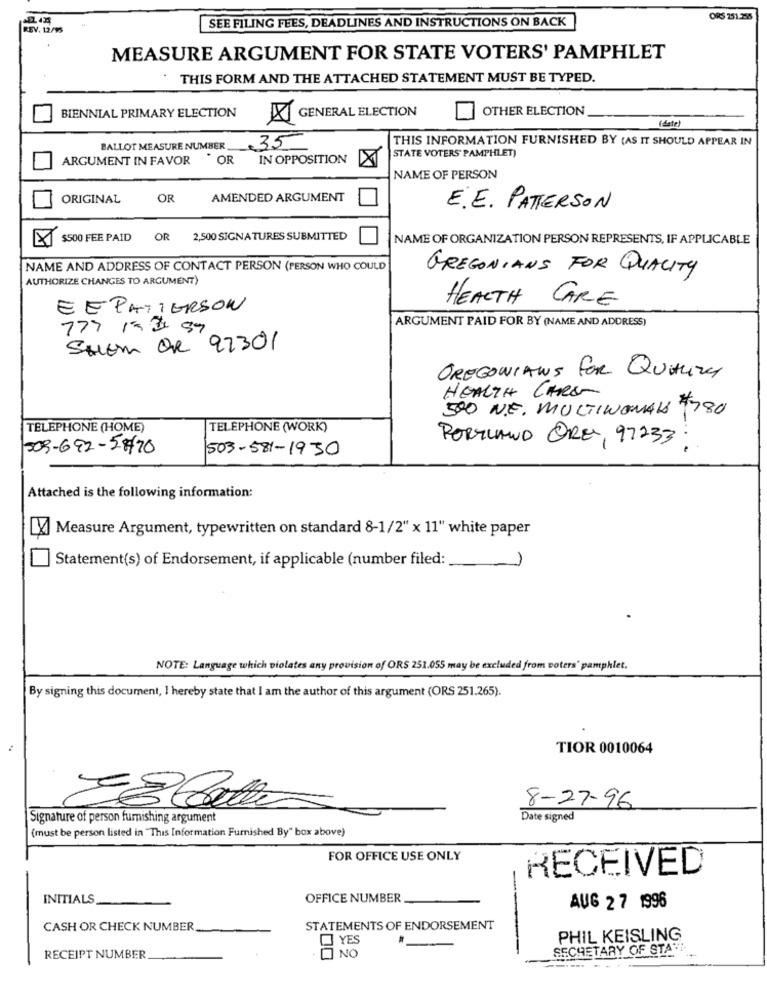
ORS 251.255
REV. 12/15
SEE FILING FEES, DEADLINES AND INSTRUCTIONS ON BACK
MEASURE ARGUMENT FOR STATE VOTERS' PAMPHLET
THIS FORM AND THE ATTACHED STATEMENT MUST BE TYPED.
BIENNIAL PRIMARY ELECTION
OTHER ELECTION
XGENERAL ELECTION
( date )
THIS INFORMATION FURNISHED BY (AS IT SHOULD APPEAR IN
BALLOT MEASURE NUMBER
.35
ARGUMENT IN FAVOR
. OR
IN OPPOSITION
STATE VOTERS PAMPHLET)
NAME OF PERSON
ORIGINAL
OR
AMENDED ARGUMENT
E.E. PATTERSON
$500 FEE PAID OR 2,500 SIGNATURES SUBMITTED
NAME OF ORGANIZATION PERSON REPRESENTS, IF APPLICABLE
NAME AND ADDRESS OF CONTACT PERSON (PERSON WHO COULD
GREGONIANS FOR QUALITY
AUTHORIZE CHANGES TO ARGUMENT)
HEALTH CARE
EE PATTERSON
777 15 2 87
ARGUMENT PAID FOR BY (NAME AND ADDRESS)
SHEM OR 92301
OREGONIANS FOR QUALITY
HEALTH CARE
500 N.E. MULTINOMAIS 7780
TELEPHONE (HOME)
TELEPHONE (WORK)
PORTLAND OREL, 97233:
509-692-5770
503-581-1930
Attached is the following information:
Measure Argument, typewritten on standard 8-1/2" x 11" white paper
Statement(s) of Endorsement, if applicable (number filed:
NOTE: Language which violates any provision of ORS 251.055 may be excluded from voters' pamphlet.
By signing this document, I hereby state that I am the author of this argument (ORS 251.265).
TIOR 0010064
8-27-96
Signature of person furnishing argument
Date signed
(must be person listed in "This Information Furnished By" box above)
FOR OFFICE USE ONLY
RECEIVED
INITIALS
OFFICE NUMBER
AUG 2 7 1996
CASH OR CHECK NUMBER
STATEMENTS OF ENDORSEMENT
YES
PHIL KEISLING
7NO
SECHETARY OF STA"I.
RECEIPT NUMBER
--
==